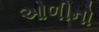
ઓળીનો